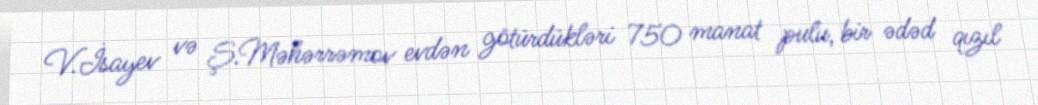
V.İsayev və Ş.Məhərrəmov evdən götürdükləri 750 manat pulu, bir ədəd qızıl